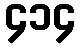
၄၁၄